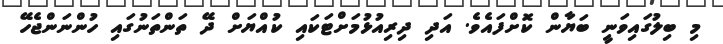
މި ބިލުގައިވަނީ ބަޔާން ކޮށްފައެވެ. އަދި ދިރިއުޅުމަށްޓަކައި ކުއްޔަށް ދޭ ތަންތަނުގައި ހުންނަންޖެހޭ